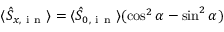
\langle \hat { S } _ { x , \mathrm { ~ i ~ n ~ } } \rangle = \langle \hat { S } _ { 0 , \mathrm { ~ i ~ n ~ } } \rangle ( \cos ^ { 2 } \alpha - \sin ^ { 2 } \alpha )